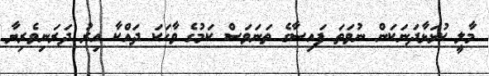
މާލީ ކުޅަޅާދަނަކަން ނުވަތަ ފައިސާގެ ތަނަވަސް ކަމުގެ ވާހަކަ ދައްކާ އިރު ދަރަނިވެރިޔާ